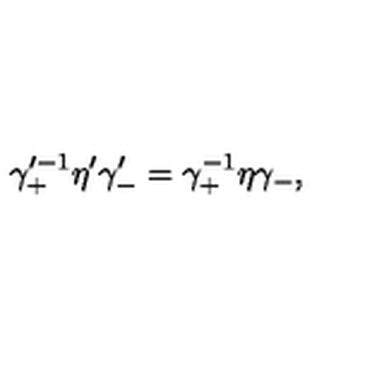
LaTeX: \gamma _ { + } ^ { \prime - 1 } \eta ^ { \prime } \gamma _ { - } ^ { \prime } = \gamma _ { + } ^ { - 1 } \eta \gamma _ { - } ,